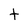
Character: t